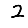
Digit: 2